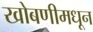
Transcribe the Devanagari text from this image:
खोबणीमधून